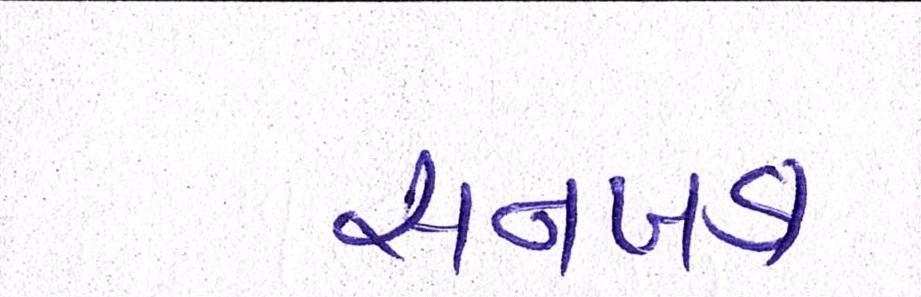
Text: સનખડા